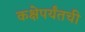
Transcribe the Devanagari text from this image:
कक्षेपर्यंतची